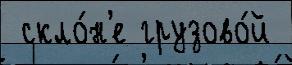
 скло́н'е грузово́й